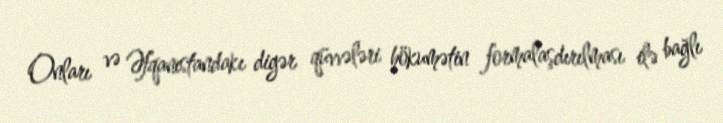
Onları və Əfqanıstandakı digər qüvvələri hökumətin formalaşdırılması ilə bağlı